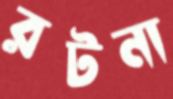
রটনা